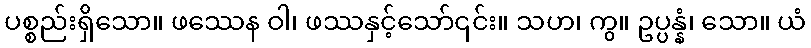
ပစ္စည်းရှိသော။ ဖဿေန ဝါ၊ ဖဿနှင့်သော်၎င်း။ သဟ၊ ကွ။ ဥပ္ပန္နံ၊ သော။ ယံ